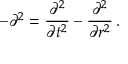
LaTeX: - \partial ^ { 2 } = \frac { \partial ^ { 2 } } { \partial t ^ { 2 } } - \frac { \partial ^ { 2 } } { \partial r ^ { 2 } } \, .